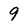
Character: 9